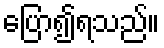
ပြော၍ရသည်။